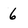
Character: 6